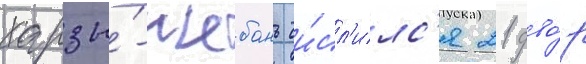
харзы́-шебань чи́сл'илс'я 21 дво́р